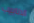
الانابيب